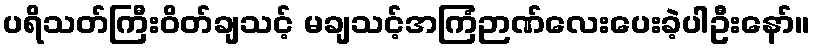
ပရိသတ်ကြီးဝိတ်ချသင့် မချသင့်အကြံဉာဏ်လေးပေးခဲ့ပါဦးနော်။